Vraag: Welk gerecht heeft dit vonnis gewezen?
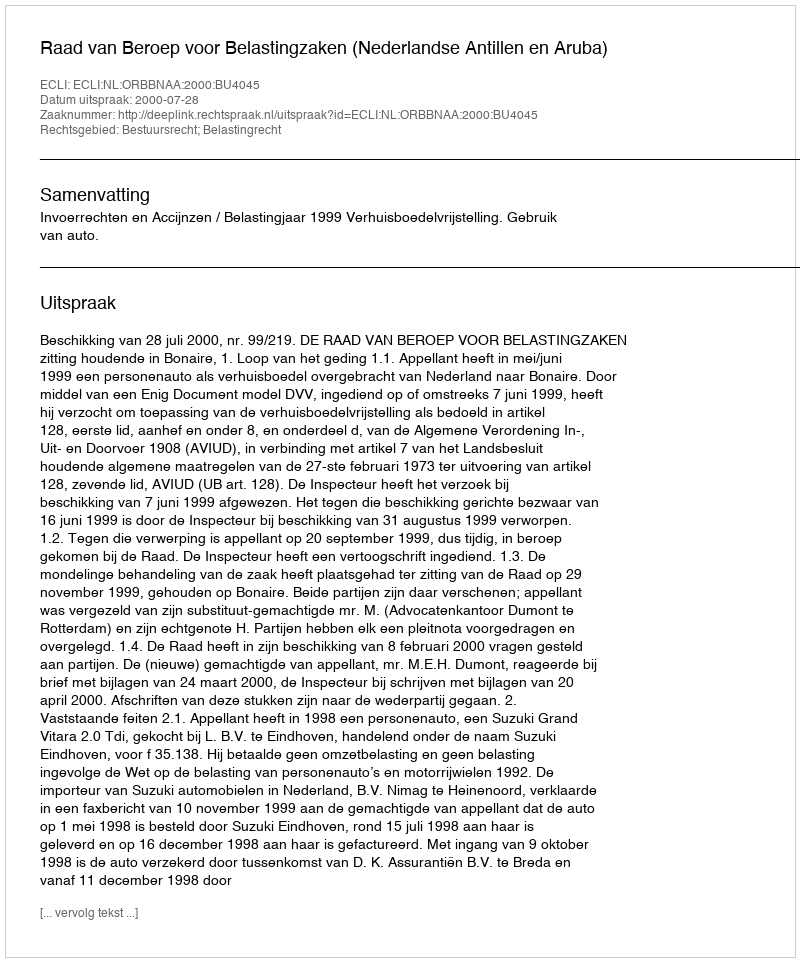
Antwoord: Raad van Beroep voor Belastingzaken (Nederlandse Antillen en Aruba)